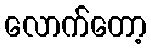
လောက်တော့